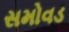
સમોવડ